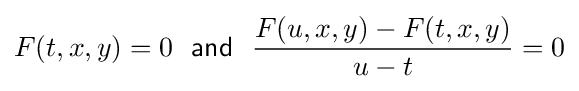
F(t,x,y)=0~~{\mathsf {and}}~~{\frac {F(u,x,y)-F(t,x,y)}{u-t}}=0